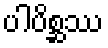
ပါပိစ္ဆဿ